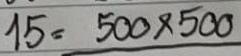
15 = 500 x 500